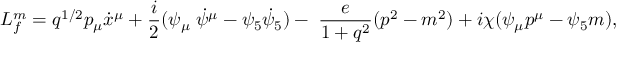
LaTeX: L _ { f } ^ { m } = q ^ { 1 / 2 } p _ { \mu } \dot { x } ^ { \mu } + \frac { i } { 2 } ( \psi _ { \mu } \; \dot { \psi } ^ { \mu } - \psi _ { 5 } \dot { \psi } _ { 5 } ) - \; \frac { e } { 1 + q ^ { 2 } } ( p ^ { 2 } - m ^ { 2 } ) + i \chi ( \psi _ { \mu } p ^ { \mu } - \psi _ { 5 } m ) ,